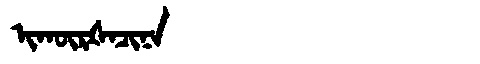
Manchu: ᡳᡴᡡᡵᡧᠠᠴᡳᠨᠠ
Romanization: IKŪRŠACINA